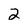
Character: 2